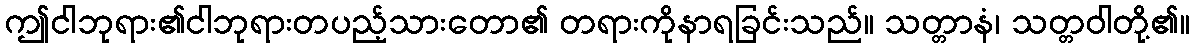
ဤငါဘုရား၏ငါဘုရားတပည့်သားတော၏ တရားကိုနာရခြင်းသည်။ သတ္တာနံ၊ သတ္တဝါတို့၏။